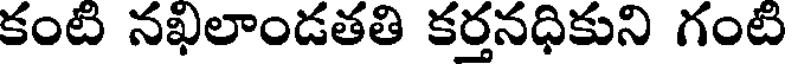
కంటి నఖిలాండతతి కర్తనధికుని గంటి